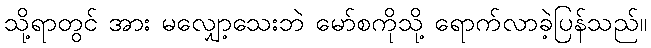
သို့ရာတွင် အား မလျှော့သေးဘဲ မော်စကိုသို့ ရောက်လာခဲ့ပြန်သည်။